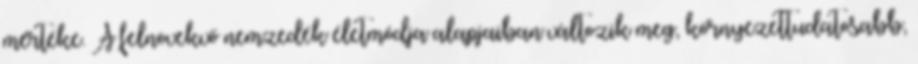
mértéke. A felnövekvő nemzedék életmódja alapjaiban változik meg, környezettudatosabb,